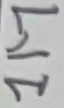
Text: 1M